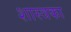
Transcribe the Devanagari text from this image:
शास्त्रका